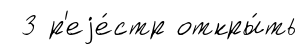
3 р'еjе́стр откры́ть